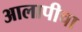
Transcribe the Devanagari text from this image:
आलापीचा